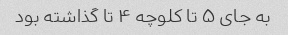
به جای ۵ تا کلوچه ۴ تا گذاشته بود